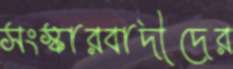
সংস্কারবাদীদের